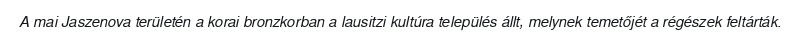
A mai Jaszenova területén a korai bronzkorban a lausitzi kultúra település állt, melynek temetőjét a régészek feltárták.